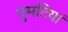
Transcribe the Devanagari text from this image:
गुमटियां